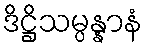
ဒိဋ္ဌိသမ္ပန္နာနံ